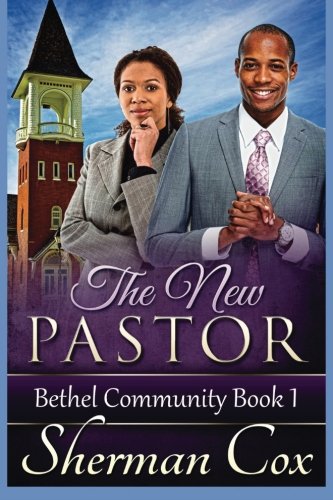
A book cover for The New Pastor (Bethel Community Church) (Volume 1); Sherman Cox; Literature & Fiction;